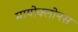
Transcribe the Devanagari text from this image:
मायोक्लोनस